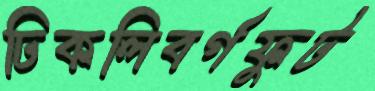
ঢিকলিবর্গফুট